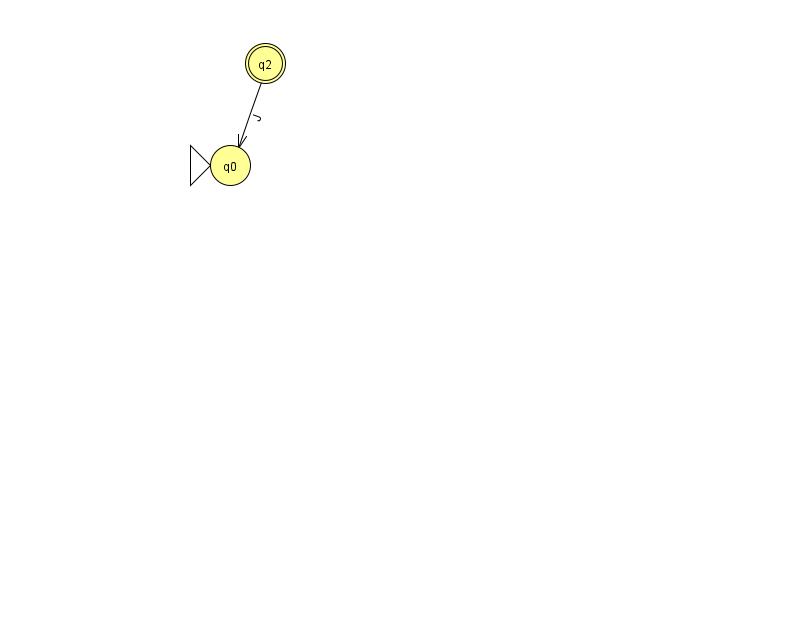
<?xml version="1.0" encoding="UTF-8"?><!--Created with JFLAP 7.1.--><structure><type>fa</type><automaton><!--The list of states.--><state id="0" name="q0"><x>230.0</x><y>152.0</y><initial/></state><state id="2" name="q2"><x>265.0</x><y>50.0</y><final/></state><!--The list of transitions.--><transition><from>2</from><to>0</to><read>J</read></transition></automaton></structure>